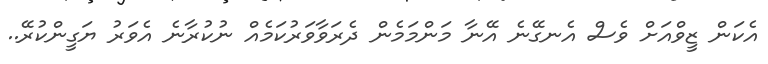
އެކަން ޒީވްއަށް ވެސް އެނގޭނެ އޭނާ މަންމަމެން ދެރަވާވަރުކަމެއް ނުކުރާނެ އެވަރު ޔަގީންކުރޭ..